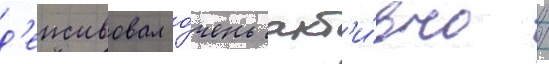
д'еиствовал о́чень акт'и́вно /